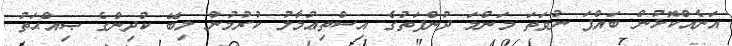
އަނެއްކޮޅުން ބައްޕަ ނުވަތަ މަންމަ ދުންފަތުގެ އިސްތިޢުމާލު ކުރުމުން ލިބޭ ކުދިންގެ ޞިއްޙަތު